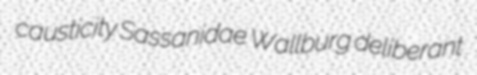
causticity Sassanidae Wallburg deliberant